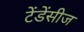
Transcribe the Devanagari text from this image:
टेंडेंसीज